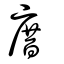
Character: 庴